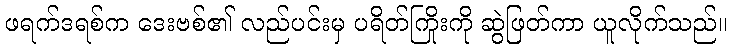
ဖရက်ဒရစ်က ဒေးဗစ်၏ လည်ပင်းမှ ပရိတ်ကြိုးကို ဆွဲဖြတ်ကာ ယူလိုက်သည်။